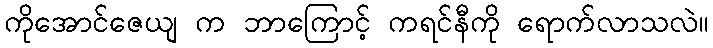
ကိုအောင်ဇေယျ က ဘာကြောင့် ကရင်နီကို ရောက်လာသလဲ။